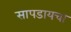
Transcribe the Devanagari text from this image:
सापडायचा